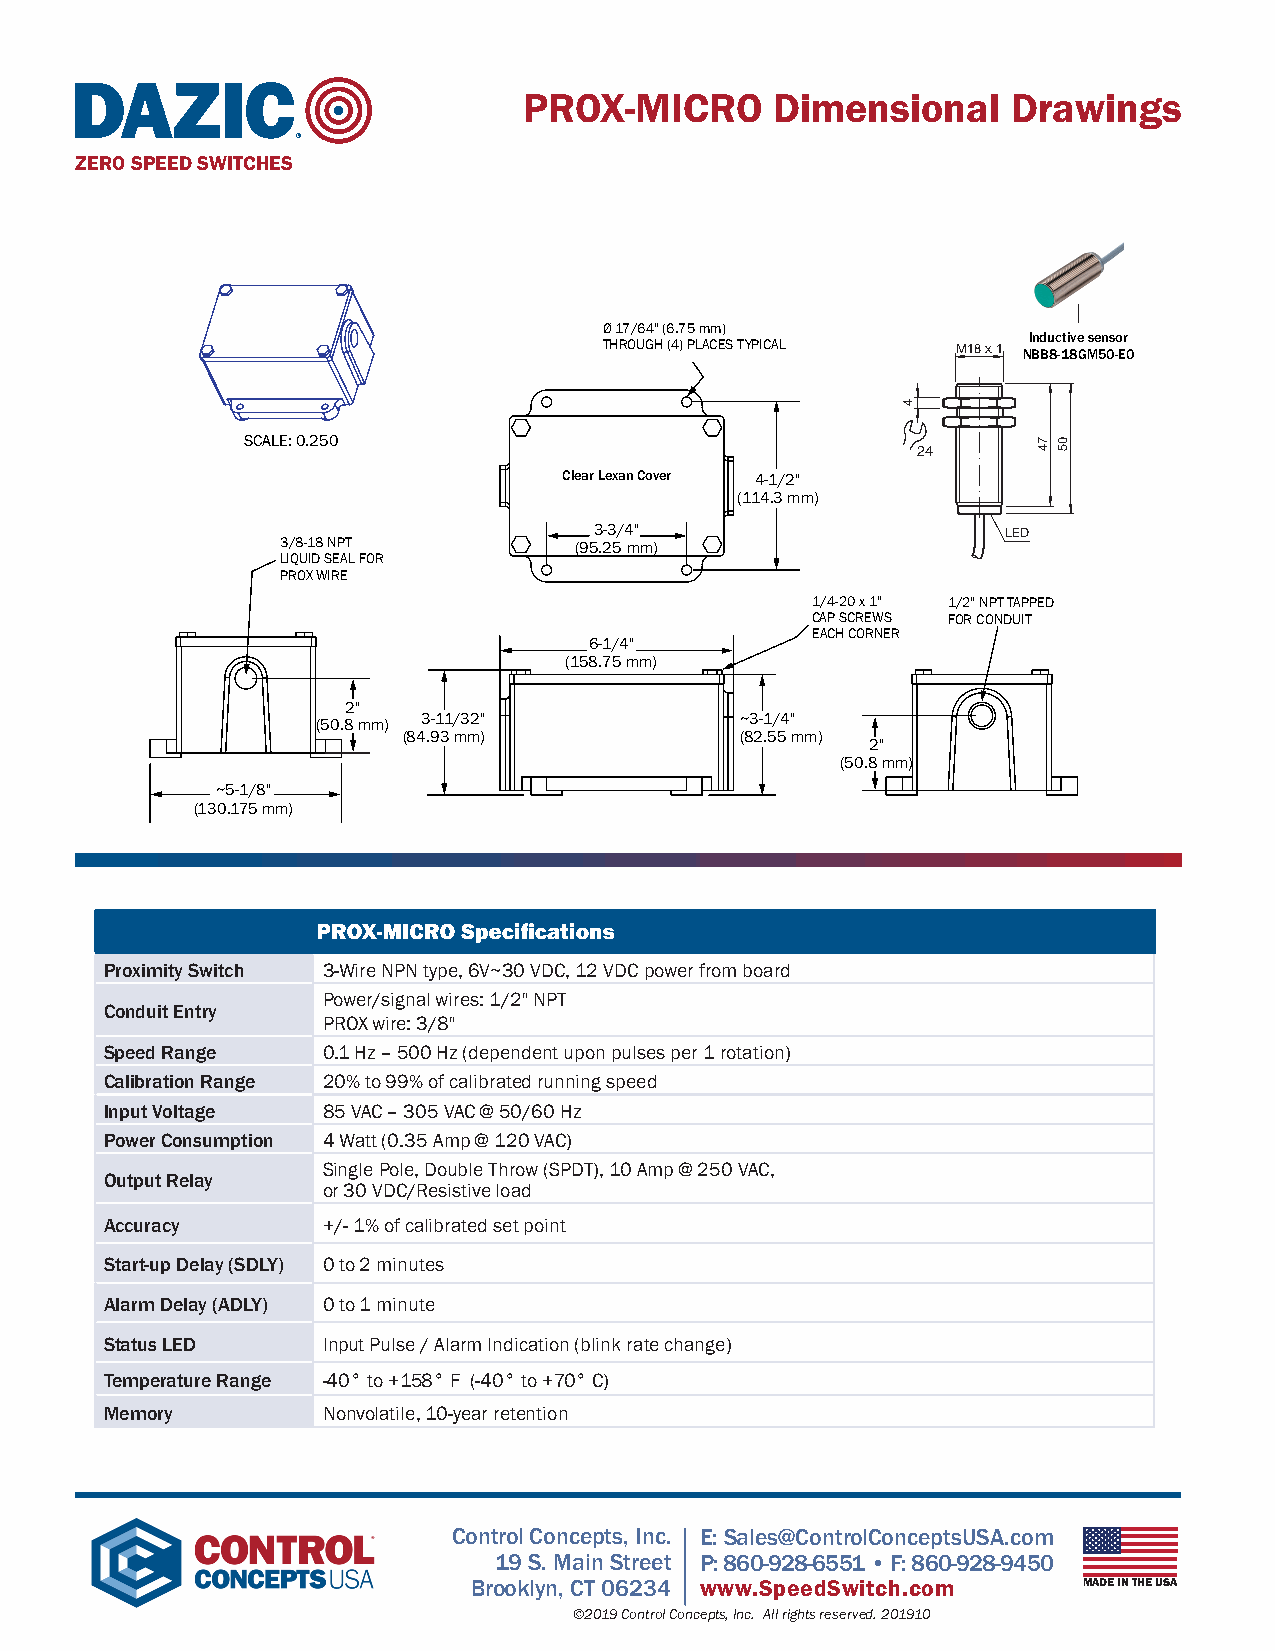
PROX-MICRO      Dimensional     Drawings
 ®
 ZERO SPEED SWITCHES
 Ø 17/64" (6.75 mm)
 Inductive sensor
 THROUGH (4) PLACES TYPICAL
 M18 x 1 NBB8-18GM50-E0
 SCALE: 0.250
 24
 Clear Lexan Cover 4-1/2"
 (114.3 mm)
 3-3/4"
 LED
 3/8-18 NPT         (95.25 mm)
 LIQUID SEAL FOR
 PROX WIRE
 1/4-20 x 1" 1/2" NPT TAPPED
 CAP SCREWS FOR CONDUIT
 EACH CORNER
 6-1/4"
 (158.75 mm)
 2"
 (50.8 mm) 3-11/32"          ~3-1/4"
 (84.93 mm)            (82.55 mm)
 2"
 (50.8 mm)
 ~5-1/8"
 (130.175 mm)
 Proximity Switch 3-Wire NPN type, 6V~30 VDC, 12 VDC power from board
 Power/signal wires: 1/2" NPT
 Conduit Entry
 PROX wire: 3/8"
 Speed Range   0.1 Hz – 500 Hz (dependent upon pulses per 1 rotation)
 Calibration Range 20% to 99% of calibrated running speed
 Input Voltage 85 VAC – 305 VAC @ 50/60 Hz
 Power Consumption 4 Watt (0.35 Amp @ 120 VAC)
 Single Pole, Double Throw (SPDT), 10 Amp @ 250 VAC,
 Output Relay
 or 30 VDC/Resistive load
 Accuracy      +/- 1% of calibrated set point
 Start-up Delay (SDLY) 0 to 2 minutes
 Alarm Delay (ADLY) 0 to 1 minute
 Status LED    Input Pulse / Alarm Indication (blink rate change)
 Temperature Range -40° to +158° F (-40° to +70° C)
 Memory        Nonvolatile, 10-year retention
 Control Concepts, Inc. E: Sales@ControlConceptsUSA.com
 19 S. Main Street P: 860-928-6551 • F: 860-928-9450
 Brooklyn, CT 06234 www.SpeedSwitch.com   MADE IN THE USA
 ©2019 Control Concepts, Inc. All rights reserved. 201910
 4
 74 05